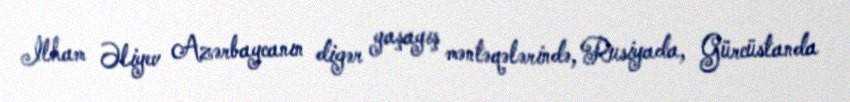
İlham Əliyev Azərbaycanın digər yaşayış məntəqələrində, Rusiyada, Gürcüstanda